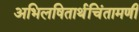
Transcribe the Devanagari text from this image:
अभिलषितार्थचिंतामणी